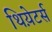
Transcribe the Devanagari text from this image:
थिय़ेटर्स